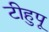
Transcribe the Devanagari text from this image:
टीहुपू